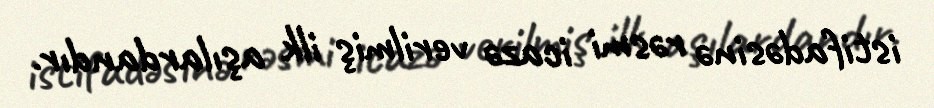
istifadəsinə rəsmi icazə verilmiş ilk aşılardandır.